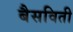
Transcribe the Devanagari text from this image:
बैसविती